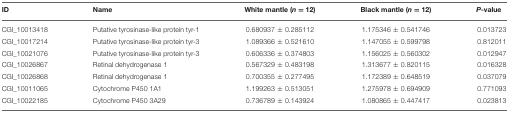
| ID | Name | White mantle (n = 12) | Black mantle (n = 12) | P-value |
 | --- | --- | --- | --- | --- |
 | CGI_10013418 | Putative tyrosinase-like protein tyr-1 | 0.680937 ± 0.285112 | 1.175346 ± 0.541746 | 0.013723 |
 | CGI_10017214 | Putative tyrosinase-like protein tyr-3 | 1.089366 ± 0.521610 | 1.147055 ± 0.599798 | 0.812011 |
 | CGI_10021076 | Putative tyrosinase-like protein tyr-3 | 0.606336 ± 0.374803 | 1.156025 ± 0.560302 | 0.012947 |
 | CGI_10026867 | Retinal dehydrogenase 1 | 0.567329 ± 0.483198 | 1.313677 ± 0.820115 | 0.016328 |
 | CGI_10026868 | Retinal dehydrogenase 1 | 0.700355 ± 0.277495 | 1.172389 ± 0.648519 | 0.037079 |
 | CGI_10011065 | Cytochrome P450 1A1 | 1.199263 ± 0.513051 | 1.275978 ± 0.694909 | 0.771093 |
 | CGI_10022185 | Cytochrome P450 3A29 | 0.736789 ± 0.143924 | 1.080865 ± 0.447417 | 0.023813 |